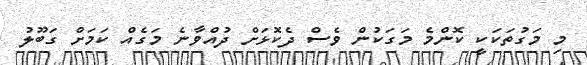
މި މަގުތަކަކީ ކޮންމެ މަގަކުން ވެސް ދެކޮޅަށް ދުއްވާނެ މަގެއް ކަމަށް ގަބޫލު